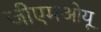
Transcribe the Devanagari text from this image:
जीएमओयू